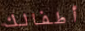
أطفالك